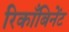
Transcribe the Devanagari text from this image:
रिकाँबिनेंट